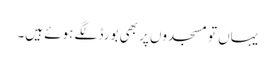
یہاں تو مسجدوں پر بھی بورڈ لگے ہوئے ہیں۔